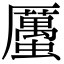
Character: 𧓽